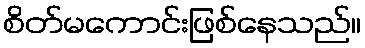
စိတ်မကောင်းဖြစ်နေသည်။